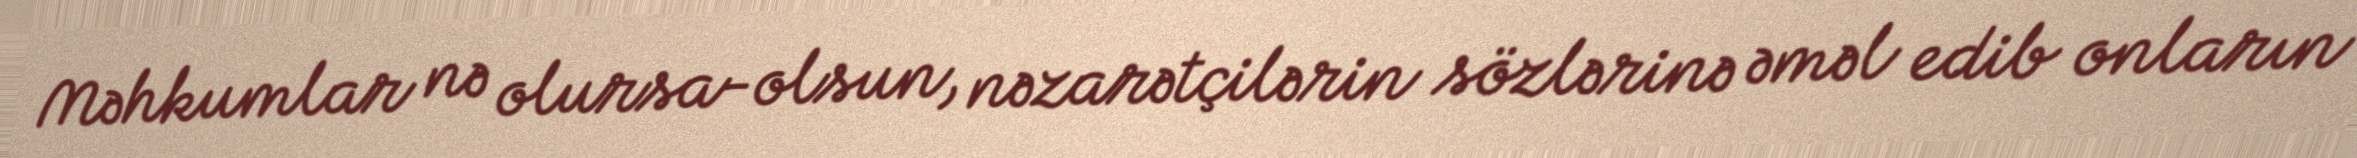
Məhkumlar nə olursa-olsun, nəzarətçilərin sözlərinə əməl edib onların